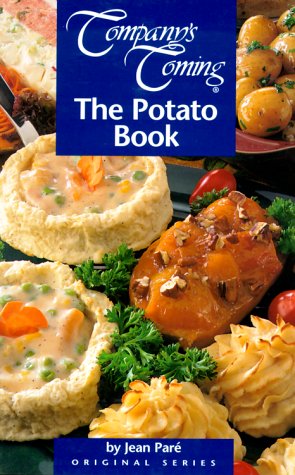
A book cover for The Potato Book (Company's Coming) (Company's Coming); Jean Pare; Cookbooks, Food & Wine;